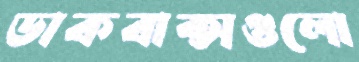
ডাকবাক্সগুলো